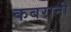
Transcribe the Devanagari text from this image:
कबरानी